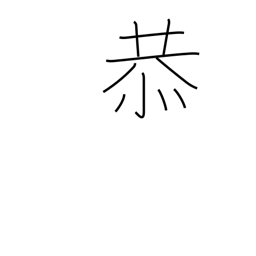
Meaning: reverent